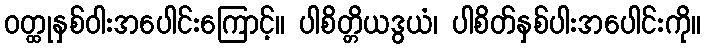
ဝတ္ထုနှစ်ဝါးအပေါင်းကြောင့်။ ပါစိတ္တိယဒွယံ၊ ပါစိတ်နှစ်ပါးအပေါင်းကို။